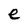
Character: e